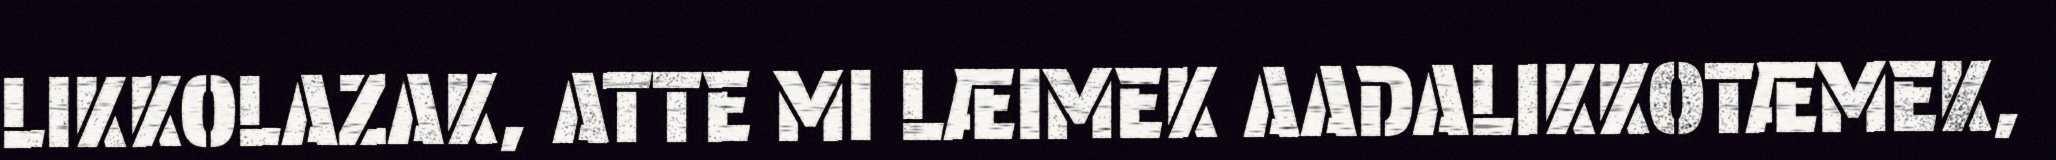
LIKKOLAZAK, ATTE MI LÆIMEK AADALIKKOTÆMEK,